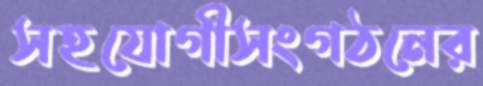
সহযোগীসংগঠনের